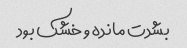
بشدت مانده و خشک بود